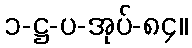
၁-ဋ္ဌ-ပ-အုပ်-၈၄။